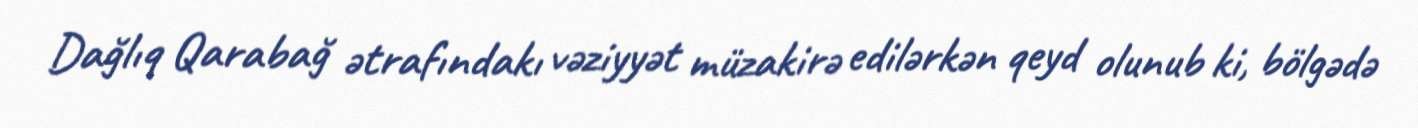
Dağlıq Qarabağ ətrafındakı vəziyyət müzakirə edilərkən qeyd olunub ki, bölgədə